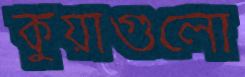
কুয়াগুলো